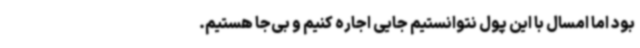
بود اما امسال با این پول نتوانستیم جایی اجاره کنیم و بی‌جا هستیم.